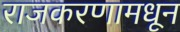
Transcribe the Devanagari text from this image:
राजकरणामधून